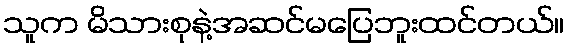
သူက မိသားစုနဲ့အဆင်မပြေဘူးထင်တယ်။